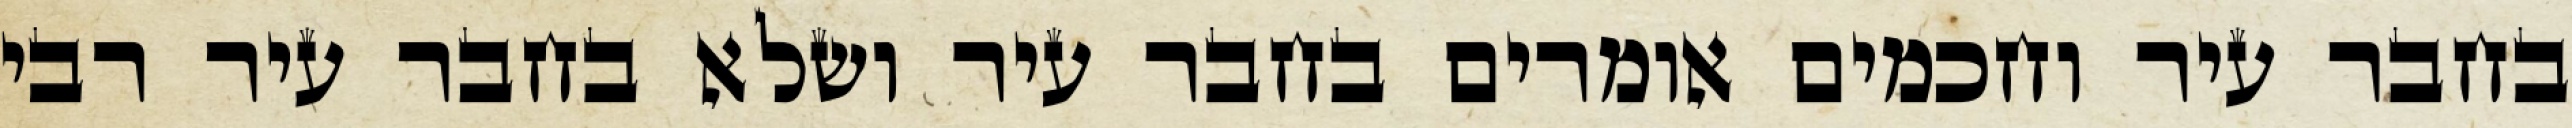
בחבר עיר וחכמים אומרים בחבר עיר ושלא בחבר עיר רבי